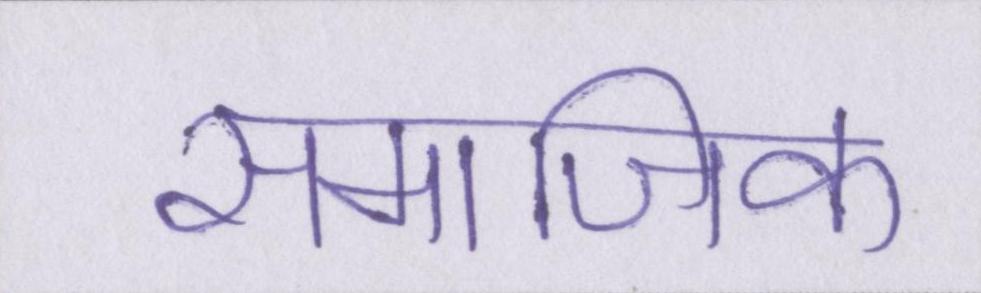
समाजिक